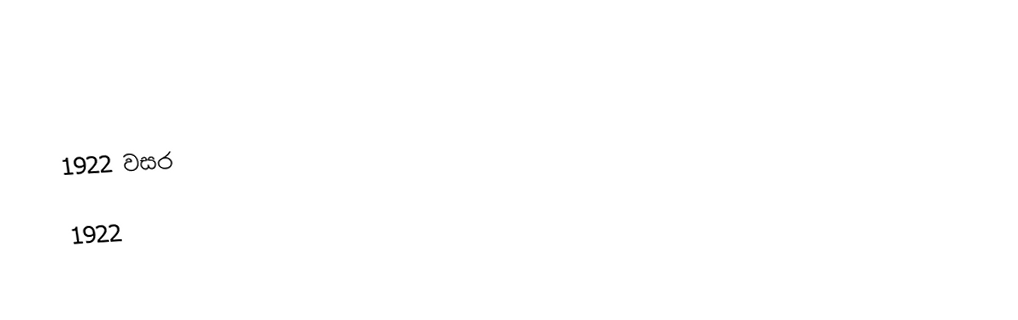
1922 වසර

1922